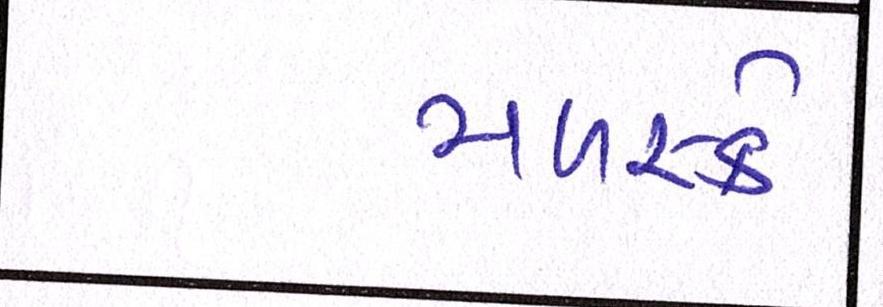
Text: મળસ્કે